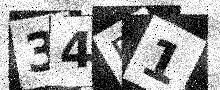
Text: 34E1